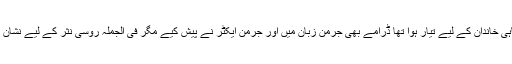
تھیٹر اگرچہ شاہی خاندان کے لیے تیار ہوا تھا ڈرامے بھی جرمن زبان میں اور جرمن ایکٹر نے پیش کیے مگر فی الجملہ روسی نثر کے لیے نشانِ راہ ثابت ہوئے۔